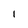
Character: l